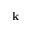
\textbf { k }